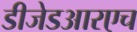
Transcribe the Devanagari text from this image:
डीजेडआरएच